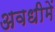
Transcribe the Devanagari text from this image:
अवधीमें